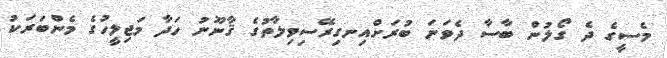
މެސީގެ ދެ ގޯލުން ބާސާ ދެވަނަ ބުރަށްއިނގިރޭސިވިލާތުގެ ޤާނޫނު ހަދާ މަޖިލީހުގެ މެންބަރަކު